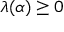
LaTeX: \lambda ( \alpha ) \geq 0